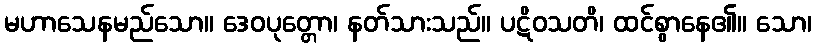
မဟာသေနမည်သော။ ဒေဝပုတ္တော၊ နတ်သားသည်။ ပဋိဝသတိ၊ ထင်စွာနေ၏။ သော၊